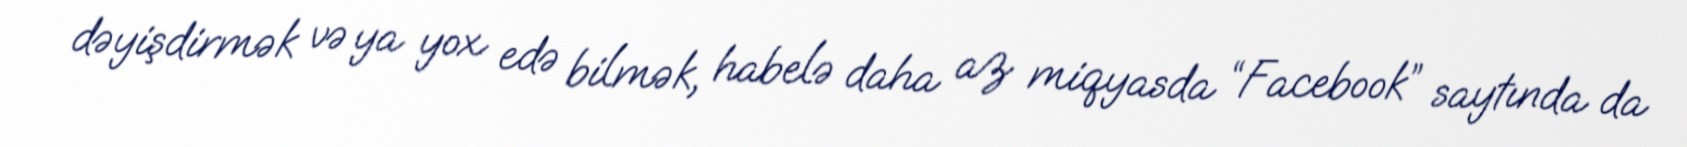
dəyişdirmək və ya yox edə bilmək, habelə daha az miqyasda “Facebook” saytında da